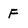
Character: F